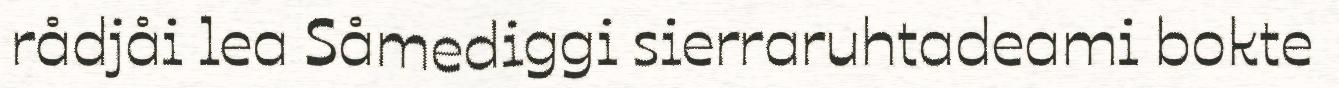
rådjåi lea Såmediggi sierraruhtadeami bokte